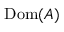
\mathrm { D o m } ( A )